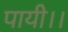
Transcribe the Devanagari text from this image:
पायी।।